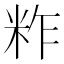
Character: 𥹁